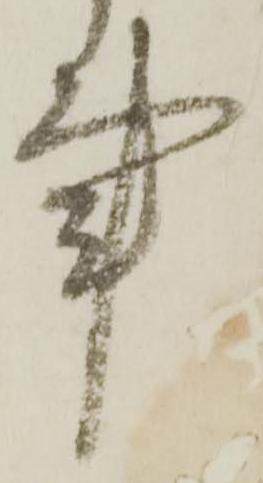
事